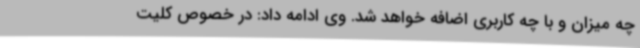
چه میزان و با چه کاربری اضافه خواهد شد. وی ادامه داد: در خصوص کلیت